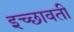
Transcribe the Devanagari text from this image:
इच्छावती